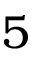
5